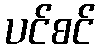
ပင်စင်